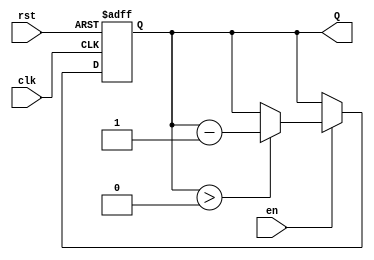
module binary_down_counter #(
    parameter N = 4 // Parameter defining the width of the counter (n bits)
)(
    input wire clk,      // Clock signal
    input wire rst,      // Reset signal (active high)
    input wire en,       // Enable signal (active high)
    output reg [N-1:0] Q // n-bit output representing the current count value
);

    // Define the maximum count value based on the width N
    localparam MAX_COUNT = (1 << N) - 1; // 2^N - 1

    // Synchronous process for the counter
    always @(posedge clk or posedge rst) begin
        if (rst) begin
            // Reset the counter to maximum count value
            Q <= MAX_COUNT;
        end else if (en) begin
            // Decrement the counter if enabled
            if (Q > 0) begin
                Q <= Q - 1;
            end
            // If Q is already 0, it remains 0
        end
    end

endmodule